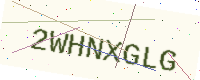
Text: 2WHNXGLG